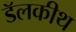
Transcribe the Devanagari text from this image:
डॅलकीथ